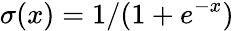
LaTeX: \sigma(x)=1/(1+e^{-x})